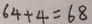
6 4 + 4 = 6 8